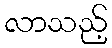
လာသည့်